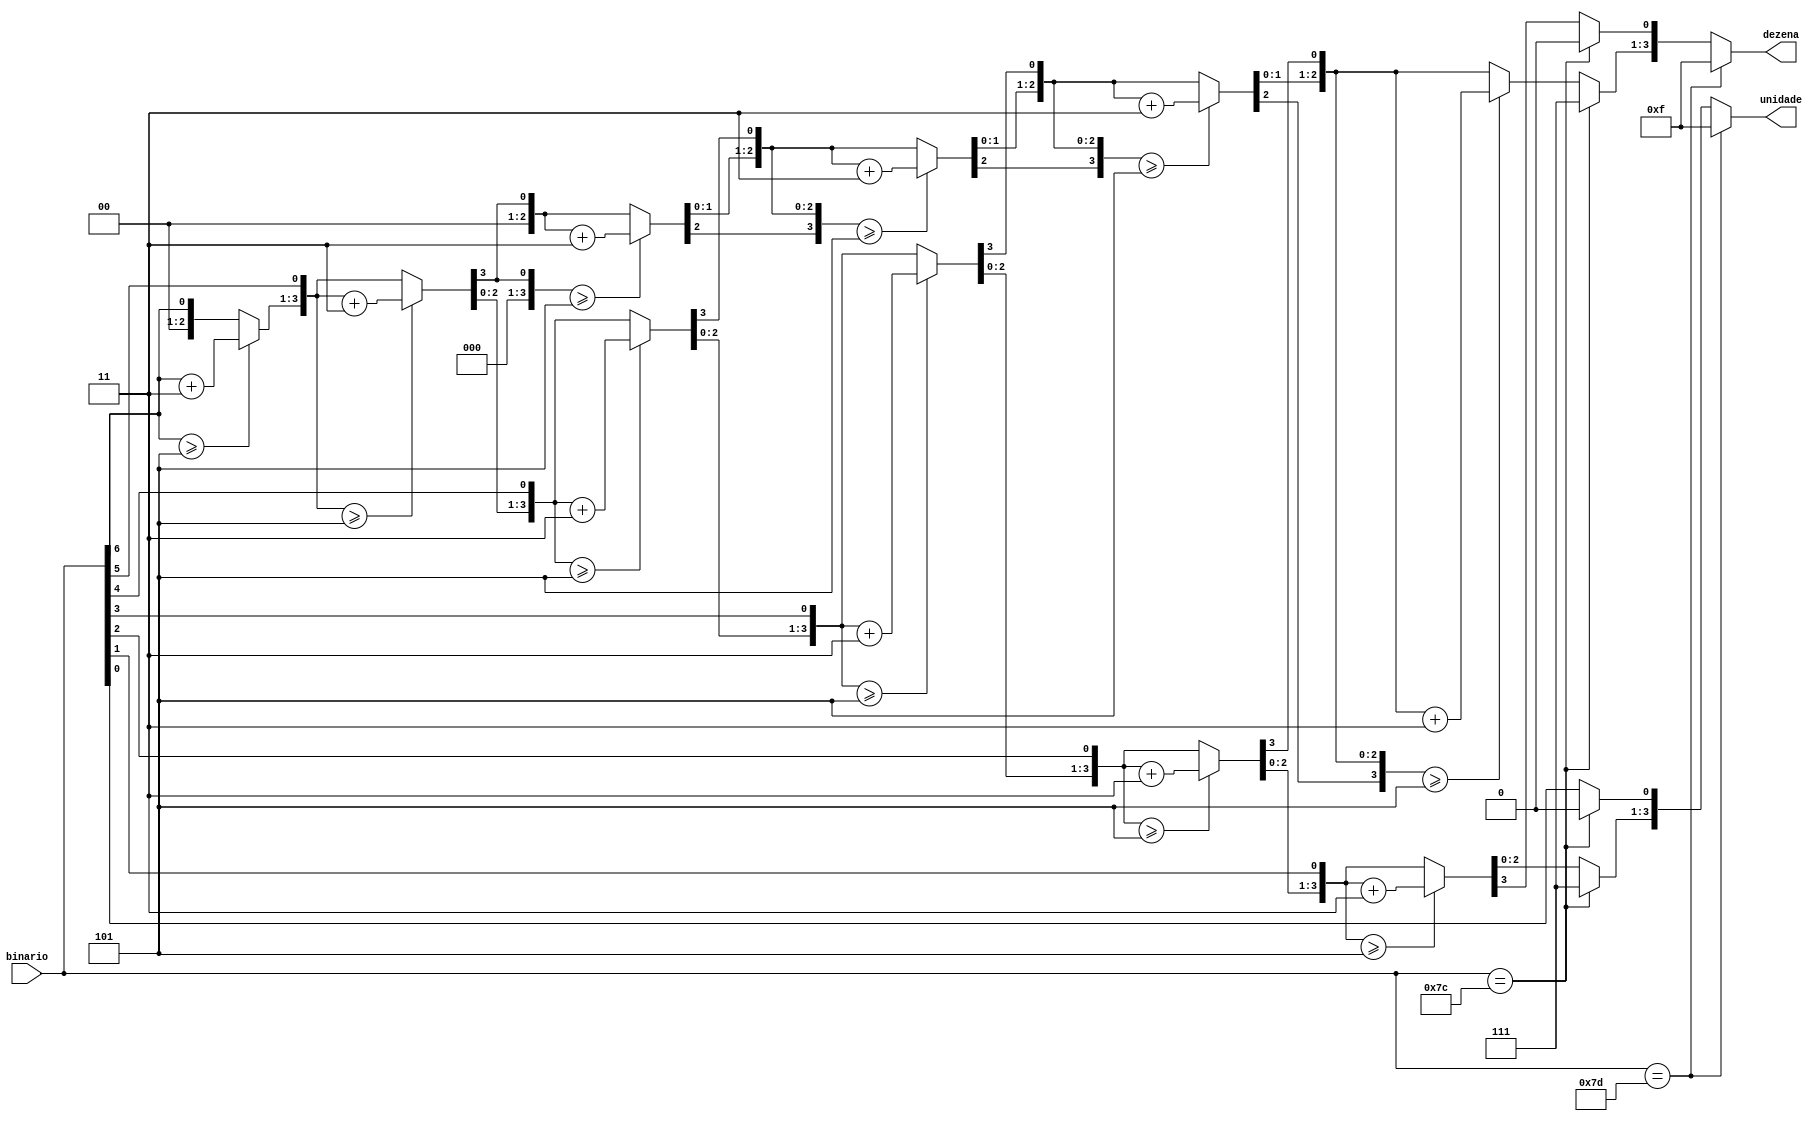
module out1(binario, dezena, unidade);
	input [6:0] binario;
	output reg [3:0] dezena, unidade;
	reg [3:0] centena;
	integer i;
	
	always@(binario) begin
		if(binario == 7'D125) begin //display com trao
			dezena = 4'D15;
			unidade = 4'D15;
		end
		else if(binario == 7'D124) begin // display apagado
			dezena = 4'D14;
			unidade = 4'D14;
		end
		else begin
			centena = 4'D0;
			dezena = 4'D0;
			unidade = 4'D0;
			
			for(i = 6; i>=0; i=i-1) begin
				if(centena >= 5)
					centena = centena + 3;
				if (dezena >= 5)
					dezena = dezena + 3;
				if (unidade >= 5)
					unidade = unidade + 3;
				
				centena = centena << 1;
				centena[0] = dezena[3];
				
				dezena = dezena << 1;
				dezena[0] = unidade[3];
				
				unidade = unidade << 1;
				unidade[0] = binario[i];
			end
		end
		
	end	
endmodule